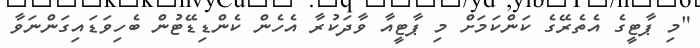
"މި ޕާޓީގެ އެތެރޭގެ ކަންކަމަށް މި ޕާޓީއާ ވާދަކުރާ އެހެން ކެންޑިޑޭޓުން ބެހިވަޑައިގަންނަވާ